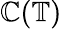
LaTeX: \mathbb{C}(\mathbb{{T}})